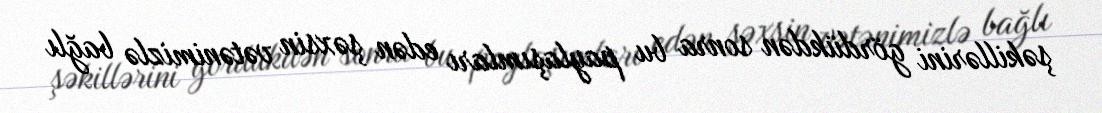
şəkillərini gördükdən sonra bu paylaşımları edən şəxsin vətənimizlə bağlı